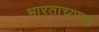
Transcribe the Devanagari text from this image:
भारताच्याहा